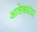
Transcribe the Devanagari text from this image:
आलेक्सांद्रा